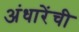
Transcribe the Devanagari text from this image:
अंधारेंची